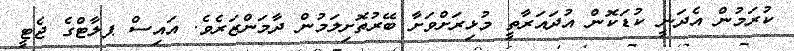
ކުރަމުން އެދަނީ ކުޑަކޮން އުދައަރާތީ މުޅިރަށްވަށާ ބޭރުތޮށިލަމުން ދާމަންޒަރެވެ. އައިސް ޕލާޓްގެ ޖެޓީ